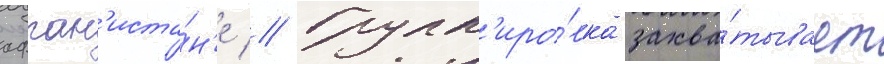
афган'иста́н'е // Групп'иро́вка захва́тывает